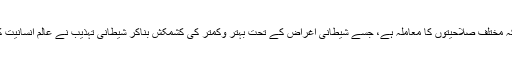
یہ بہتر اور کمتر کا معاملہ نہیں؛ بلکہ مختلف صلاحیتوں کا معاملہ ہے، جسے شیطانی اغراض کے تحت بہتر وکمتر کی کشمکش بناکر شیطانی تہذیب نے عالمِ انسانیت کا استحصال کیا، خصوصاً خواتین کا۔